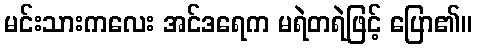
မင်းသားကလေး အင်ဒရေက မရဲတရဲဖြင့် ပြော၏။